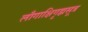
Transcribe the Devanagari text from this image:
लौगाक्षिगृह्यसूत्र